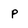
Character: p